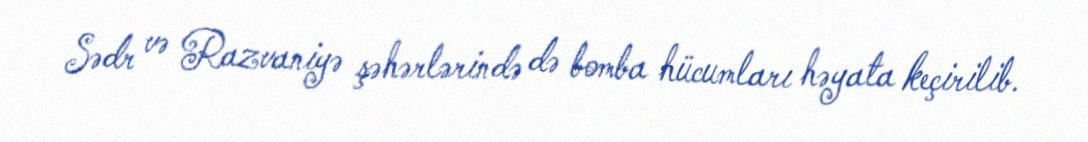
Sədr və Razvaniyə şəhərlərində də bomba hücumları həyata keçirilib.